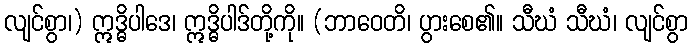
လျင်စွာ၊) ဣဒ္ဓိပါဒေ၊ ဣဒ္ဓိပါဒ်တို့ကို။ (ဘာဝေတိ၊ ပွားစေ၏။ သီဃံ သီဃံ၊ လျင်စွာ